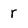
Character: r